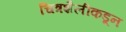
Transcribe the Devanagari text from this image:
चित्रशैलीकडून